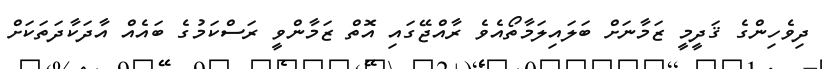
ދިވެހިންގެ ޤަދީމީ ޒަމާނަށް ބަލައިލަމާތޯއެވެ ރާއްޖޭގައި އޮތް ޒަމާންވީ ރަސްކަމުގެ ބައެއް އާދަކާދަތަކަށް